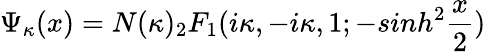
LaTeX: \Psi_{\kappa}(x)=N(\kappa)_{2}F_{1}(i\kappa,-i\kappa,1;-sinh^{2}\frac{x}{2})